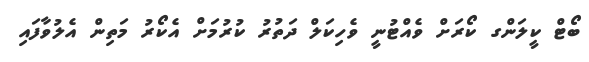
ބޯޓް ކީލަންގ ކޯރަށް ވެއްޓުނީ ވެހިކަލް ދަތުރު ކުރުމަށް އެކޯރު މަތިން އެލުވާފައި